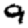
Digit: 9